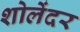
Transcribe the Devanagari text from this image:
शोलेंदर